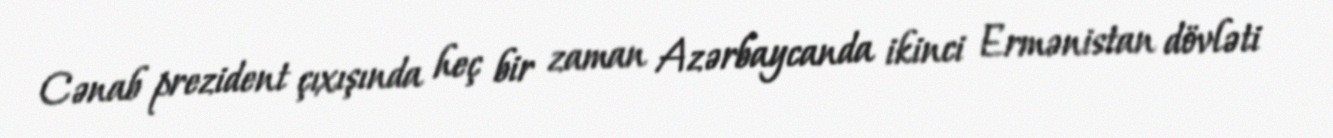
Cənab prezident çıxışında heç bir zaman Azərbaycanda ikinci Ermənistan dövləti